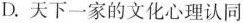
D.天下一家的文化心理认同